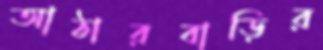
আঠারবাড়ির